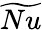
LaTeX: \widetilde{Nu}